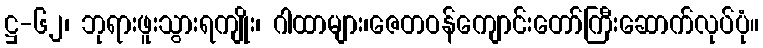
ဋ္ဌ-၆၂၊ ဘုရားဖူးသွားရကျိုး၊ ဂါထာများ၊ဇေတဝန်ကျောင်းတော်ကြီးဆောက်လုပ်ပုံ။